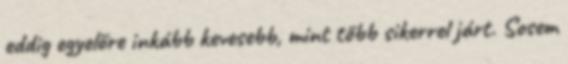
eddig egyelőre inkább kevesebb, mint több sikerrel járt. Sosem